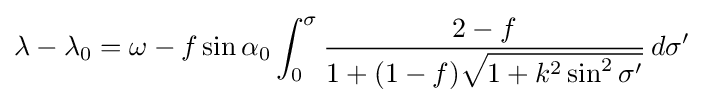
\lambda -\lambda _{0}=\omega -f\sin \alpha _{0}\int _{0}^{\sigma }{\frac {2-f}{1+(1-f){\sqrt {1+k^{2}\sin ^{2}\sigma '}}}}\,d\sigma '